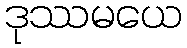
ဒုဿမယေ